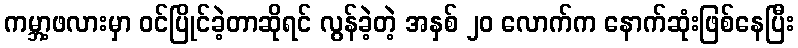
ကမ္ဘာ့ဖလားမှာ ဝင်ပြိုင်ခဲ့တာဆိုရင် လွန်ခဲ့တဲ့ အနှစ် ၂၀ လောက်က နောက်ဆုံးဖြစ်နေပြီး